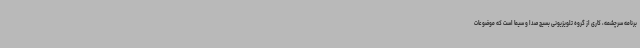
برنامه سرچشمه، کاری از گروه تلویزیونی بسیج صدا و سیما است که موضوعات